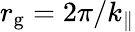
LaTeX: r_{\mathrm{g}}=2\pi/k_{\parallel}